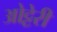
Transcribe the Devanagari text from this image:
ओट्टेरी